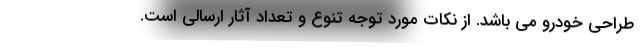
طراحی خودرو می باشد. از نکات مورد توجه تنوع و تعداد آثار ارسالی است.